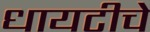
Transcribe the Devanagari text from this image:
धायटीचे